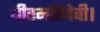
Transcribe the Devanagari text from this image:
धीरमतिदेवी।